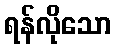
ရန်လိုသော